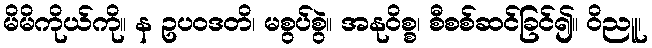
မိမိကိုယ်ကို။ န ဥပဝဒတိ၊ မစွပ်စွဲ။ အနုဝိစ္စ၊ စီစစ်ဆင်ခြင်၍။ ဝိညူ၊